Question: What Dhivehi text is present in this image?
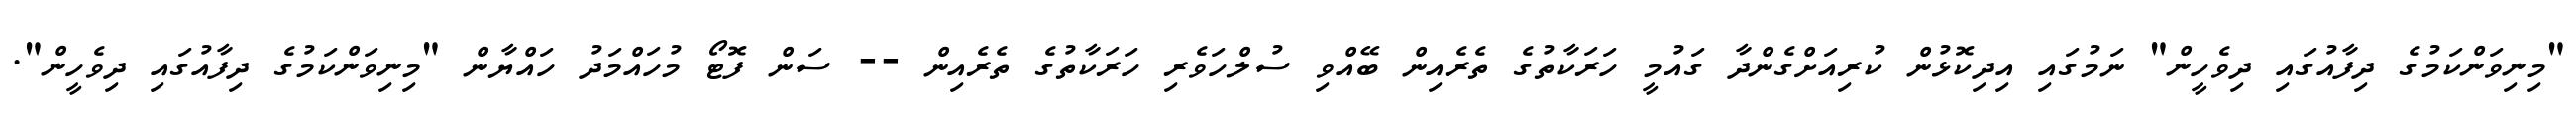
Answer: "މިނިވަންކަމުގެ ދިފާއުގައި ދިވެހީން" ނަމުގައި އިދިކޮޅުން ކުރިއަށްގެންދާ ގައުމީ ހަރަކާތުގެ ތެރެއިން ބޭއްވި ސުލްހަވެރި ހަރަކާތުގެ ތެރެއިން -- ސަން ފޮޓޯ މުހައްމަދު ހައްޔާން "މިނިވަންކަމުގެ ދިފާއުގައި ދިވެހީން".